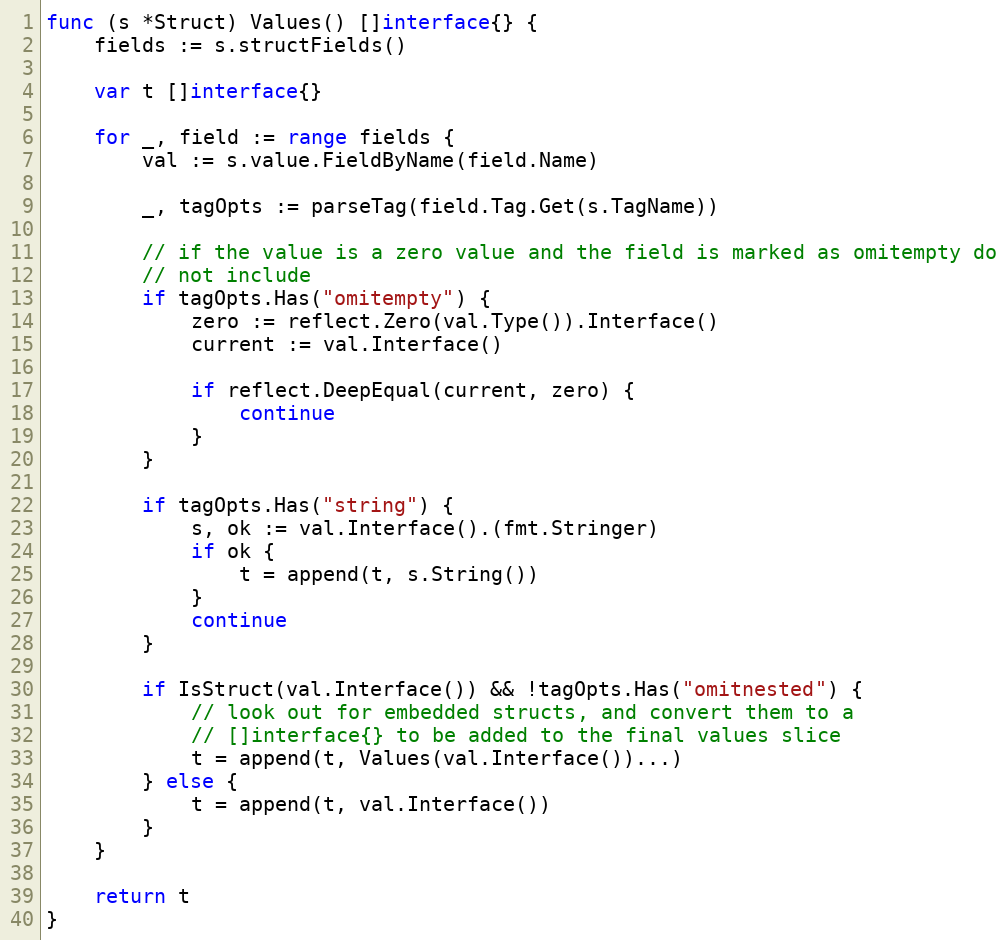
Language: Go
func (s *Struct) Values() []interface{} {
	fields := s.structFields()

	var t []interface{}

	for _, field := range fields {
		val := s.value.FieldByName(field.Name)

		_, tagOpts := parseTag(field.Tag.Get(s.TagName))

		// if the value is a zero value and the field is marked as omitempty do
		// not include
		if tagOpts.Has("omitempty") {
			zero := reflect.Zero(val.Type()).Interface()
			current := val.Interface()

			if reflect.DeepEqual(current, zero) {
				continue
			}
		}

		if tagOpts.Has("string") {
			s, ok := val.Interface().(fmt.Stringer)
			if ok {
				t = append(t, s.String())
			}
			continue
		}

		if IsStruct(val.Interface()) && !tagOpts.Has("omitnested") {
			// look out for embedded structs, and convert them to a
			// []interface{} to be added to the final values slice
			t = append(t, Values(val.Interface())...)
		} else {
			t = append(t, val.Interface())
		}
	}

	return t
}